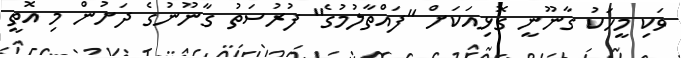
ވަކި މީހަކު ގާނޫނީ ގޮޅިއަކަށް "ފައްތާލުމުގެ" ފުރުސަތު ގާނޫނުގެ ދަށުން މި އޮތީ